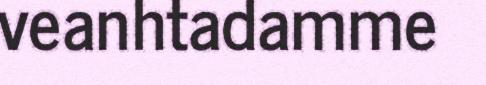
veanhtadamme